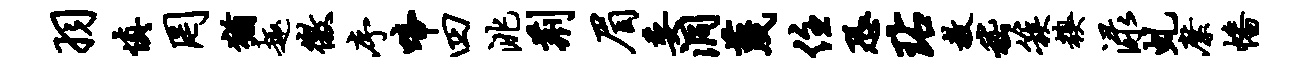
羽慎罔犹趣徼序啼四洮荆眉委洞蔑住恐玷教嵇簇糗渌虬縻幡